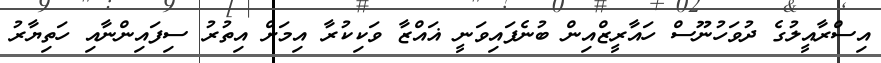
އިސްރާއީލުގެ ދުވަހުނޫސް ހައާރީޒްއިން ބުނެފައިވަނީ ޣައްޒާ ވަކިކުރާ އިމަށް އިތުރު ސިފައިންނާއި ހަތިޔާރު